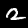
Digit: 2